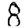
Digit: 8